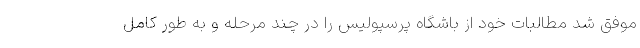
موفق شد مطالبات خود از باشگاه پرسپولیس را در چند مرحله و به طور کامل